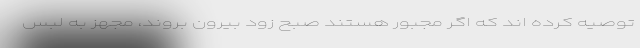
توصیه کرده اند که اگر مجبور هستند صبح زود بیرون بروند، مجهز به لبس